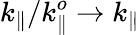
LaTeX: k_{\parallel}/k_{\parallel}^{o}\rightarrow k_{\parallel}